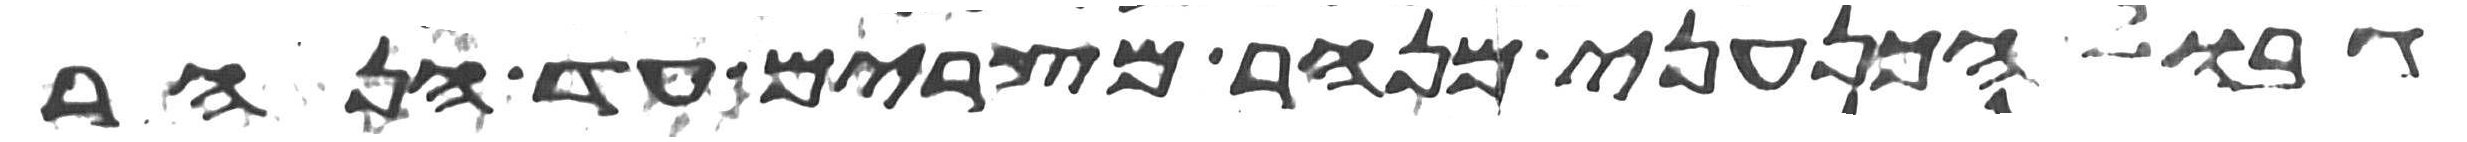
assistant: גבול הכנעני מנהר מצרים עד הנהר